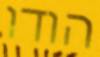
הודו